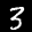
Label: 3